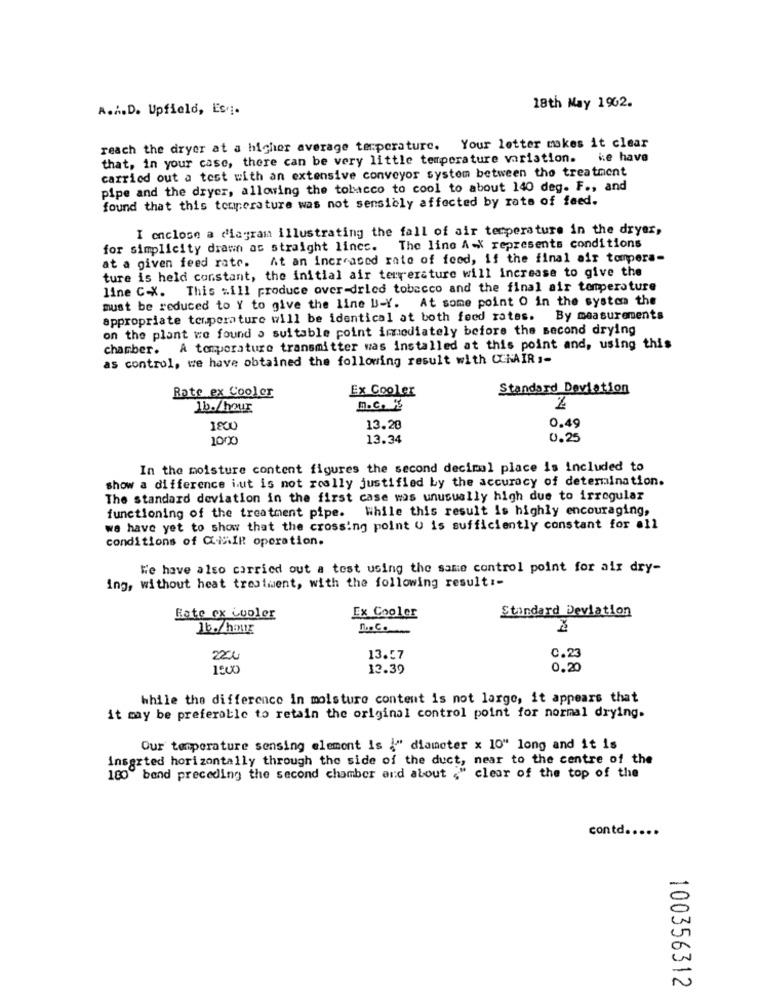
A.A.D. Upfield, Es ..
18th May 1962.
reach the dryer at a higher average temperature. Your letter makes it clear
that, in your case, there can be very little temperature variation. ie have
carried out a test with an extensive conveyor system between the treatment
pipe and the dryer, allowing the tobacco to cool to about 140 deg. F ., and
found that this temperature was not sensibly affected by rate of feed.
I enclose a diagram illustrating the fall of air temperature in the dryer,
for simplicity drawn as straight lines. The line A-X represents conditions
at a given feed rate. At an increased rate of feed, if the final air tompera-
ture is held constant, the initial air terrerature will increase to give the
line C-X. This will produce over-dried tobacco and the final air temperature
must be reduced to Y to give the line U-Y. At some point O in the system the
appropriate temperature will be identical at both feed rates. By measurements
on the plant we found a suitable point immediately before the second drying
chamber. A temperature transmitter was installed at this point and, using this
as control, we have obtained the following result with CCNAIR ,-
Ex Cooler
Standard Deviation
Rate ex Cooler
1b./hour
13.28
0.49
1000
13.34
0.25
In the moisture content figures the second decimal place is included to
show a difference iut is not really justified by the accuracy of determination.
The standard deviation in the first case was unusually high due to irregular
functioning of the treatment pipe. While this result is highly encouraging,
we have yet to show that the crossing point U is sufficiently constant for all
conditions of CiMIR operation.
We have also carried out a test using the same control point for air dry-
ing, without heat treatment, with the following result :-
Standard Deviation
Hate ex Cooler
Ex Cooler
Ib./hour
n. C.
22zł
13.57
0.23
1:00
13.39
0.20
While the difference in moisture content is not large, it appears that
it may be preferable to retain the original control point for normal drying.
Our temperature sensing element is {" diameter x 10" long and it is
inserted horizontally through the side of the duct, near to the centre of the
180 band preceding the second chamber and about ." clear of the top of the
contd .... .
C
N
100356312